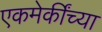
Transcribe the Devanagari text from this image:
एकमेकींच्या